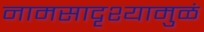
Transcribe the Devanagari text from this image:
नामसादृश्यामुळं